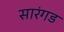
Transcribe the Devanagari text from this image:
सारंगड